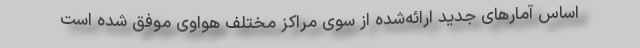
اساس آمارهای جدید ارائه‌شده از سوی مراکز مختلف هواوی موفق شده است